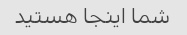
شما اینجا هستید